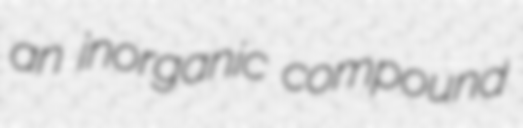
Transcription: an inorganic compound